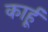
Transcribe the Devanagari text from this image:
कार्हू